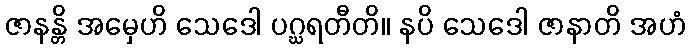
ဇာနန္တိ အမှေဟိ သေဒေါ ပဂ္ဃရတီတိ။ နပိ သေဒေါ ဇာနာတိ အဟံ